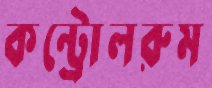
কন্ট্রোলরুম